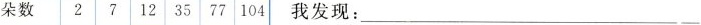
朵数 2 7 12 35 77 104 我发现：___